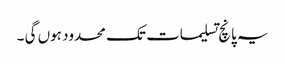
یہ پانچ تسلیمات تک محدود ہوں گی ۔